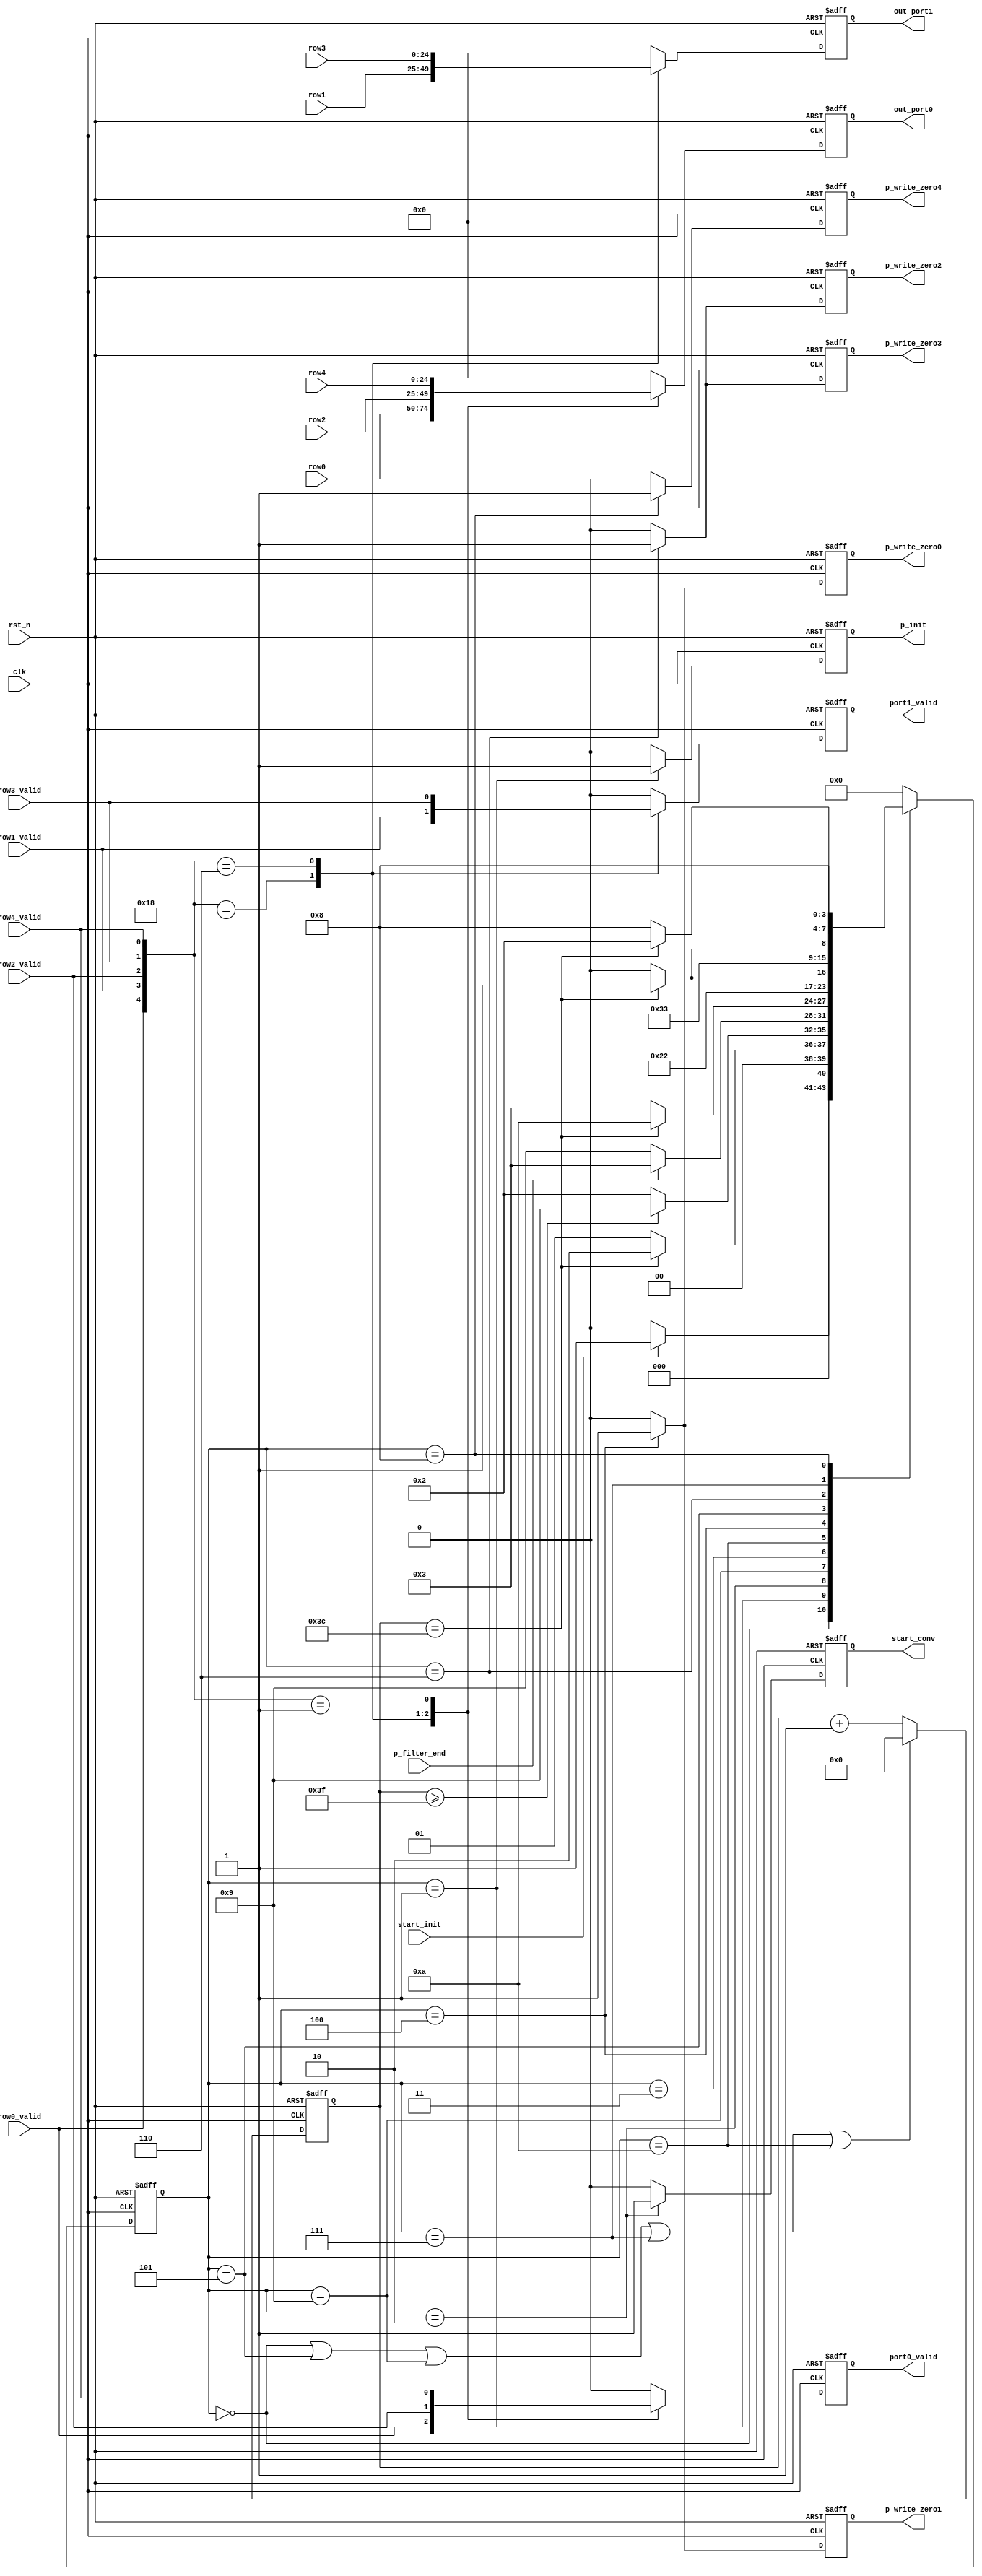
///==------------------------------------------------------------------==///
/// Conv kernel: writeback controller
///==------------------------------------------------------------------==///
module WRITE_BACK #(
    parameter data_width = 25,
    parameter depth = 61
) (
    input  clk,
    input  rst_n,
    input  start_init,
    input  p_filter_end,
    input  [data_width-1:0] row0,
    input  row0_valid,
    input  [data_width-1:0] row1,
    input  row1_valid,
    input  [data_width-1:0] row2,
    input  row2_valid,
    input  [data_width-1:0] row3,
    input  row3_valid,
    input  [data_width-1:0] row4,
    input  row4_valid,
    output p_write_zero0,
    output p_write_zero1,
    output p_write_zero2,
    output p_write_zero3,
    output p_write_zero4,
    output p_init,
    output [data_width-1:0] out_port0,
    output [data_width-1:0] out_port1,
    output port0_valid,
    output port1_valid,
    output start_conv
);
    /// machine state encode
    localparam IDLE         = 4'b0000;
    localparam INIT_BUFF    = 4'b0001;
    localparam START_CONV   = 4'b0010;
    localparam WAIT_ADD     = 4'b0011;
    localparam ROW_0_1      = 4'b0100;
    localparam CLEAR_0_1    = 4'b0101;
    localparam ROW_2_3      = 4'b0110;
    localparam CLEAR_2_3    = 4'b0111;
    localparam ROW_5        = 4'b1000;
    localparam CLEAR_START_CONV = 4'b1001;
    localparam CLEAR_CNT    = 4'b1010;
    // localparam DONE         = 4'b1001;
    /// machine state
    reg [3:0] st_next;
    reg [3:0] st_cur;
    reg [7:0] cnt;
    /// State transfer
    always @(posedge clk or negedge rst_n) begin
        if (!rst_n)
            st_cur <= IDLE;
        else 
            st_cur <= st_next;
    end
    /// Next state logic
    always @(*) begin
        st_next = st_cur;
        case(st_cur)
            IDLE:
                if (start_init)
                    st_next = INIT_BUFF;
                else
                    st_next = IDLE;
            INIT_BUFF:
                if (cnt == depth-1)
                    st_next = START_CONV;
                else
                    st_next = INIT_BUFF;
            START_CONV:
                if (cnt >= depth+2)
                    st_next = CLEAR_START_CONV;
                else 
                    st_next = START_CONV;
            CLEAR_START_CONV:
                if (p_filter_end)
                    st_next = WAIT_ADD;
                else
                    st_next = CLEAR_START_CONV;
            WAIT_ADD:
                if (cnt == depth-1)
                    st_next = CLEAR_CNT;
                else
                    st_next = WAIT_ADD;
            CLEAR_CNT:
                st_next = ROW_0_1;
            ROW_0_1:
                if (cnt == depth-1)
                    st_next = CLEAR_0_1;
                else
                    st_next = ROW_0_1;
            CLEAR_0_1:
                st_next = ROW_2_3;
            ROW_2_3:
                if (cnt == depth-1)
                    st_next = CLEAR_2_3;
                else
                    st_next = ROW_2_3;
            CLEAR_2_3:
                st_next = ROW_5;
            ROW_5:
                if (cnt == depth-1)
                    st_next = START_CONV;
                else
                    st_next = ROW_5;
            // DONE:
            //     st_next = START_CONV;
            default:
                st_next = IDLE;  
        endcase
    end
    /// Output logic
    reg p_write_zero0_r;
    reg p_write_zero1_r;
    reg p_write_zero2_r;
    reg p_write_zero3_r;
    reg p_write_zero4_r;
    reg p_init_r;
    reg [data_width-1:0] out_port0_r;
    reg [data_width-1:0] out_port1_r;
    reg port0_valid_r;
    reg port1_valid_r;
    reg start_conv_r;
    /// Output start conv signal
    always @(posedge clk or negedge rst_n) begin
        if (!rst_n)
            start_conv_r <= 0;
        else if (st_cur == START_CONV)
            start_conv_r <= 1;
        else
            start_conv_r <= 0;
    end
    assign start_conv = start_conv_r;
    /// Output zero flag signals
    always @(posedge clk or negedge rst_n) begin
        if (!rst_n) begin
            p_write_zero0_r <= 0;
            p_write_zero1_r <= 0;
        end else if (st_cur == ROW_0_1) begin
            p_write_zero0_r <= 1;  
            p_write_zero1_r <= 1;
        end else begin
            p_write_zero0_r <= 0;
            p_write_zero1_r <= 0;
        end
    end
    always @(posedge clk or negedge rst_n) begin
        if (!rst_n) begin
            p_write_zero2_r <= 0;
            p_write_zero3_r <= 0;
        end else if (st_cur == ROW_2_3) begin
            p_write_zero2_r <= 1;  
            p_write_zero3_r <= 1;
        end else begin
            p_write_zero2_r <= 0;
            p_write_zero3_r <= 0;
        end
    end
    always @(posedge clk or negedge rst_n) begin
        if (!rst_n) begin
            p_write_zero4_r <= 0;
        end else if (st_cur == ROW_5) begin
            p_write_zero4_r <= 1;  
        end else begin
            p_write_zero4_r <= 0;
        end
    end
    assign p_write_zero0 = p_write_zero0_r;
    assign p_write_zero1 = p_write_zero1_r;
    assign p_write_zero2 = p_write_zero2_r;
    assign p_write_zero3 = p_write_zero3_r;
    assign p_write_zero4 = p_write_zero4_r;   
    /// Init buffer signal, why this signal? since, at the beginning, the buffer is empty, we only need to
    /// push zero to buffer without read from it, this behaviour is difference from p_write_zerox signals
    always @(posedge clk or negedge rst_n) begin
        if (!rst_n)
            p_init_r <= 0;
        else if (st_cur == INIT_BUFF)
            p_init_r <= 1;
        else
            p_init_r <= 0;
    end
    assign p_init = p_init_r;
    /// Update the cnt
    always @(posedge clk or negedge rst_n) begin
        if (!rst_n)
            cnt <= 0;
        else if (st_cur == IDLE || st_cur == CLEAR_0_1  || st_cur == CLEAR_START_CONV
            || st_cur == CLEAR_2_3 || st_cur == CLEAR_CNT)
            cnt <= 0;
        else 
            cnt <= cnt + 1;
    end
    /// Final result, a big mux
    always @(posedge clk or negedge rst_n) begin
        if (!rst_n) begin
            out_port0_r <= 0;
            out_port1_r <= 0;
            port0_valid_r <= 0;
            port1_valid_r <= 0;
        end else begin
            case({row0_valid, row1_valid, row2_valid, row3_valid, row4_valid})
                5'b11000 : begin
                    out_port0_r <= row0;
                    out_port1_r <= row1;
                    port0_valid_r <= row0_valid;
                    port1_valid_r <= row1_valid;
                end
                5'b00110 : begin
                    out_port0_r <= row2;
                    out_port1_r <= row3;
                    port0_valid_r <= row2_valid;
                    port1_valid_r <= row3_valid;
                end
                5'b00001 : begin
                    out_port0_r <= row4;
                    out_port1_r <= 0;
                    port0_valid_r <= row4_valid;
                    port1_valid_r <= 0;
                end
                default : begin
                    out_port0_r <= 0;
                    out_port1_r <= 0;
                    port0_valid_r <= 0;
                    port1_valid_r <= 0;
                end    
            endcase
        end
    end
    assign out_port0 = out_port0_r;
    assign out_port1 = out_port1_r;
    assign port0_valid = port0_valid_r;
    assign port1_valid = port1_valid_r;
endmodule